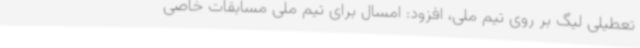
تعطیلی لیگ بر روی تیم ملی، افزود: امسال برای تیم ملی مسابقات خاصی